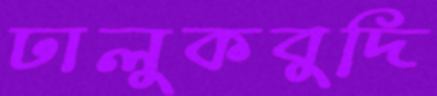
ঢালুকবুদি